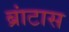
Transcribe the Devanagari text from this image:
ब्रांटास